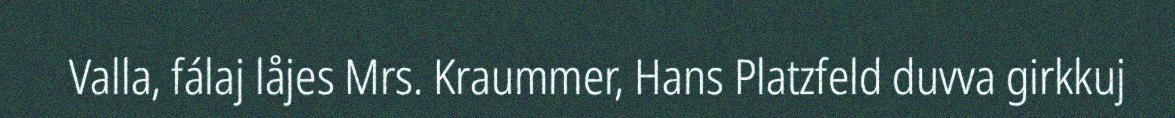
Valla, fálaj låjes Mrs. Kraummer, Hans Platzfeld duvva girkkuj